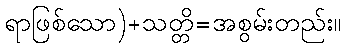
ရာဖြစ်သော)+သတ္တိ=အစွမ်းတည်း။